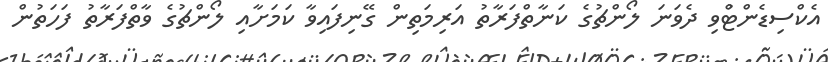
އެކްސިޑެންޓުްވި ދެވަނަ ލޯންޗުގެ ކަނާތްފަރާތު އަރިމަތިން ގޭނިފައިވާ ކަމަށާއި ލޯންޗުގެ ވާތްފަރާތު ފަހަތުން